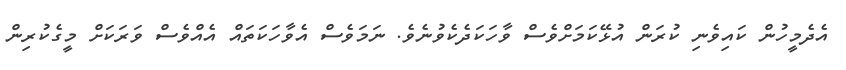
އެދެމީހުން ކައިވެނި ކުރަން އުޅޭކަމަށްވެސް ވާހަކަދެކެވުނެވެ. ނަމަވެސް އެވާހަކަތައް އެއްވެސް ވަރަކަށް މީގެކުރިން